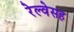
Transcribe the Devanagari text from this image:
रेल्वेसह